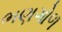
ભણગોળ